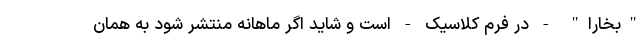
"بخارا" - در فرم کلاسیک - است و شاید اگر ماهانه منتشر شود به همان